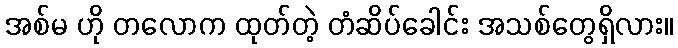
အစ်မ ဟို တလောက ထုတ်တဲ့ တံဆိပ်ခေါင်း အသစ်တွေရှိလား။